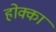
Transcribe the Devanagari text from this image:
होक्का